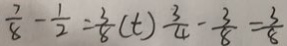
\frac { 7 } { 8 } - \frac { 1 } { 2 } = \frac { 3 } { 8 } ( t ) \frac { 3 } { 4 } - \frac { 3 } { 8 } = \frac { 3 } { 8 }